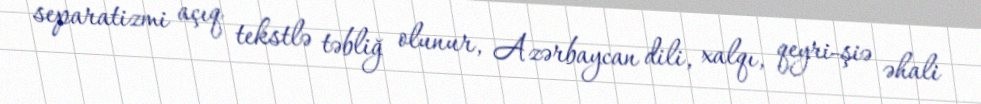
separatizmi açıq tekstlə təbliğ olunur, Azərbaycan dili, xalqı, qeyri-şiə əhali